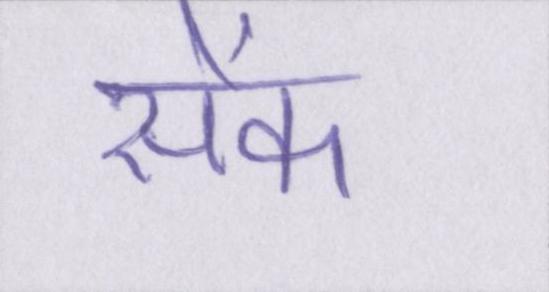
सेंक